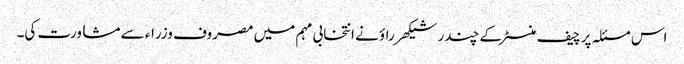
اس مسئلہ پر چیف منسٹر کے چندر شیکھر راؤ نے انتخابی مہم میں مصروف وزراء سے مشاورت کی۔